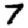
Digit: 7